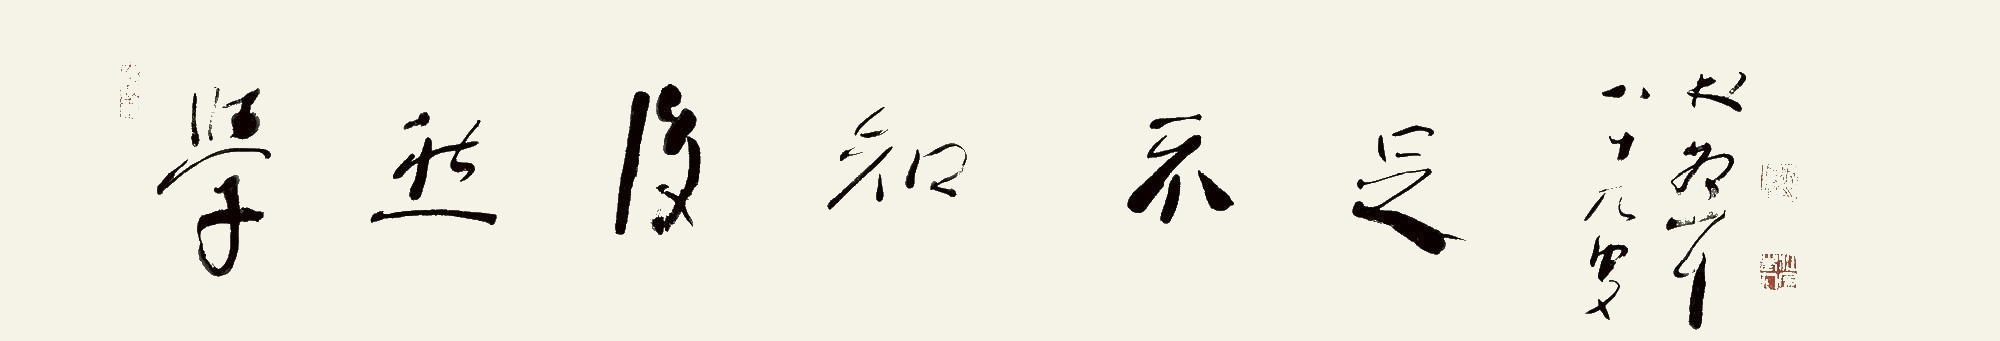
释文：学然后知不足。八十九叟林散耳。